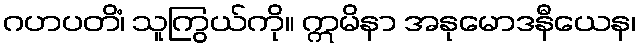
ဂဟပတိံ၊ သူကြွယ်ကို။ ဣမိနာ အနုမောဒနီယေန၊